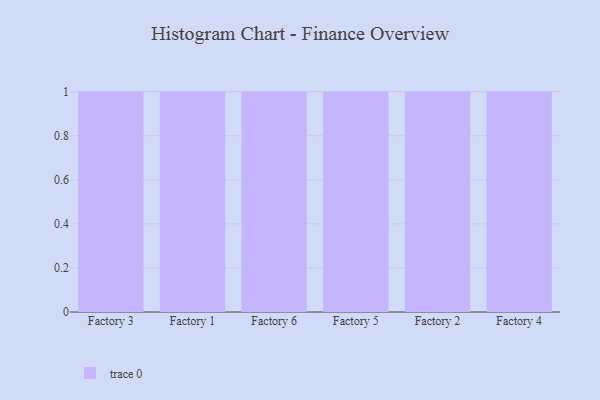
{"axis": {"x": "Factory", "y": "Conversion Rate (%)"}, "legend": [""], "data": [{"x": "Factory 3", "y": 17, "type": ""}, {"x": "Factory 1", "y": 25, "type": ""}, {"x": "Factory 6", "y": 18, "type": ""}, {"x": "Factory 5", "y": 55, "type": ""}, {"x": "Factory 2", "y": 99, "type": ""}, {"x": "Factory 4", "y": 6, "type": ""}]}